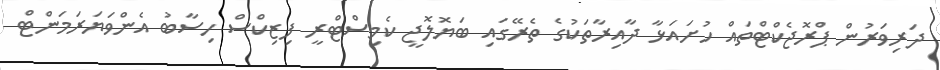
ދަރިވަރުން ޕްރޮޖެކްޓްތައް ހުށައަޅާ ދާއިރާތަކުގެ ތެރޭގައި ބަޔޮލޮޖީ ކެމިސްޓްރީ ފިޒިކްސް ހިސާބު އެންވަޔަރަމަންޓް